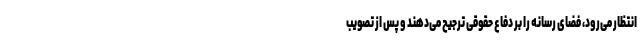
انتظار می‌رود، فضای رسانه را بر دفاع حقوقی ترجیح می‌دهند و پس از تصویب